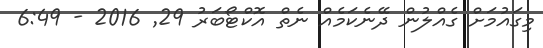
މިގައުމަށް ގެއްލުން ދޭނެކަމެއް ނެތް އޮކްޓޯބަރު 29